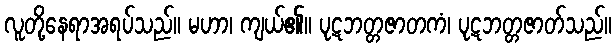
လူတို့နေရာအရပ်သည်။ မဟာ၊ ကျယ်၏။ ပုဋဘတ္တဇာတကံ၊ ပုဋဘတ္တဇာတ်သည်။